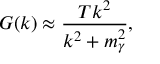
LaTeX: G ( k ) \approx \frac { T k ^ { 2 } } { k ^ { 2 } + m _ { \gamma } ^ { 2 } } ,